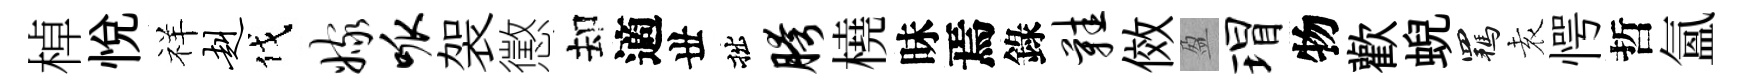
棹悦祥赳伐嫁呱袈懲却適丗拙胯橈昧焉錄鞋傚盈瑁物歡蜺羈𡊮愕哲氲